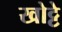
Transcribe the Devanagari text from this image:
खोट्टे